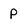
Character: P